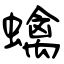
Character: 蠄